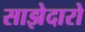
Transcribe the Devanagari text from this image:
साझेदारो